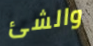
والشئ